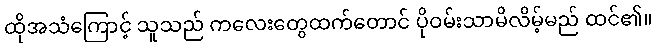
ထိုအသံကြောင့် သူသည် ကလေးတွေထက်တောင် ပိုဝမ်းသာမိလိမ့်မည် ထင်၏။